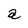
Character: a